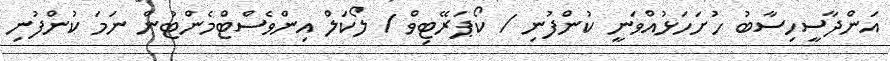
އަންދާސީހިސާބު ހުށަހަޅުއްވަނީ ކުންފުނި / ކޯޕަރޭޓިވް / ލޯކަލް އިންވެސްޓްމެންޓުން ނަމަ ކުންފުނި